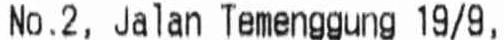
NO.2, JALAN TEMENGGUNG 19/9,